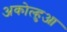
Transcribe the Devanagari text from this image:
अकोल्हुआ